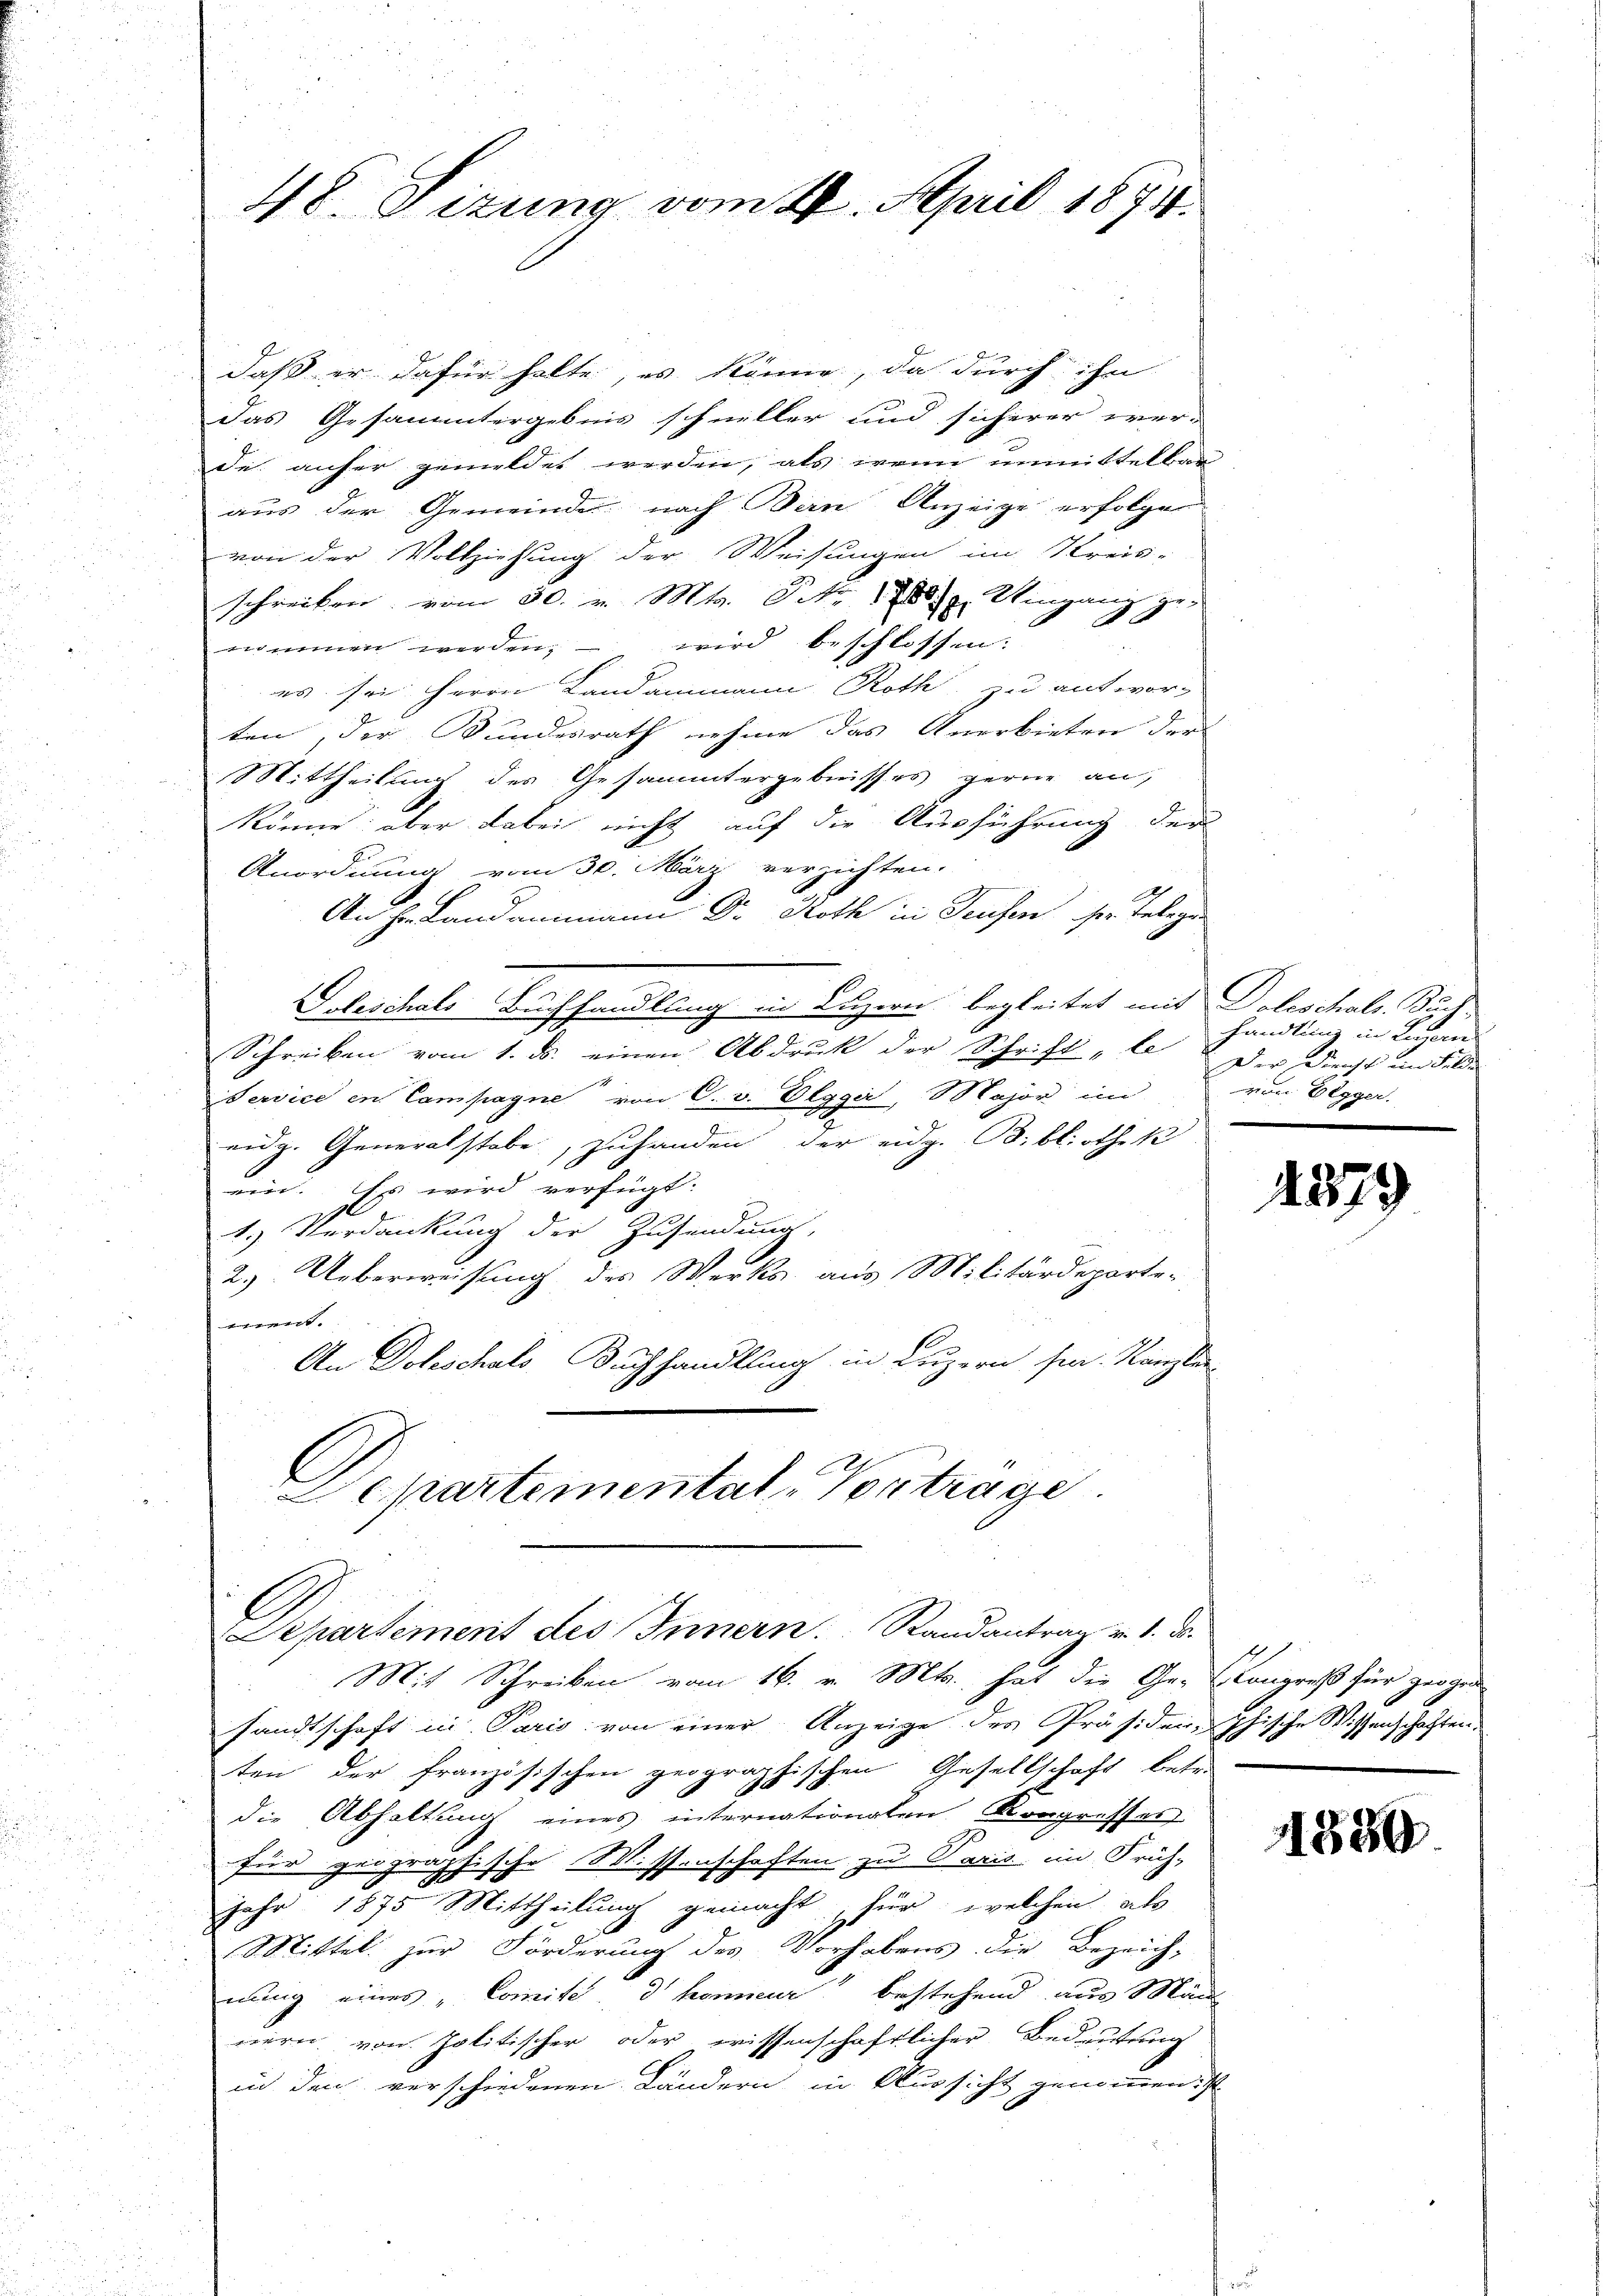
48. Sizung vom 28. April 1874.

n
daß er dafür halte, es könne, da durch ihn
das Gesantergebnis schneller und sicherer ver-
de anher gemeldet werden, als wenn unmittelbar
aus der Gemeinde nach Bern Anzeige erfolger
von der Vollziehung der Weisungen im Kreis-
schreiben vom 30. v. Mts. S. 1780 u. Wingang ge¬
A.
nommen werden, – wird beschlossen:
es sei Herrn Landammann Roth, zu antwor-
ten, der Bundesrath nehme das Anerbieten der
Mittheilung des Gesammtergebnisses gerne an,
könne, aber dabei nicht auf die Ausführung der
Anordnung vom 30. März verzichten.
An Hrn. Landammann Dr. Roth in Seusen, sie Telegen
Doleschale Buchhandlung in Obzern begleitet und Doleschals Sucz
Schreiben vom 1. ds. einen Abdruk der Schrift „le der Dienst im Felde
Service in Campagne von C. v. Olgger, Major im
eidg. Generalstabe, zuhanden der eidg. Bibliothek
ein. Es wird verfügt:
1.) Verdankung der Zusendung,
2.) Ueberweisung des Werks aus Militärdeparte-
ment.
An Doleschals Buchhandlung in Luzern sin. Kanzlei
l
Eckartemental-Vortrage.

Separtement des Innern Randantrag v. 1. d.

Mit Schreiben vom 16. v. Mts., hat die Ge-Congreß für zwogen
sandtschaft in Paris von einer Anzeige des Präsiden, phische Wissenschaften.
ten der französischen geographischen Gesellschaft betr.
die Abhaltung eines internationalen Kongresses
für geographische Wissenschaften zu Paris im Früh-
Jahr 1875 Mittheilung gemacht, für welchen als
Mittel zur Förderung des Vorhabens die Bezeich-
nung eines „Comite d homieur bestehend aus Man
nern von politischer oder wissenschaftlicher Bedeutung
in den verschiedenen Ländern in Aussicht genommen ist

handlung in Lagern
von Elgger.

1879

11880